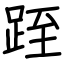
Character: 跮